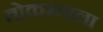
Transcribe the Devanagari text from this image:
तोकरवाला